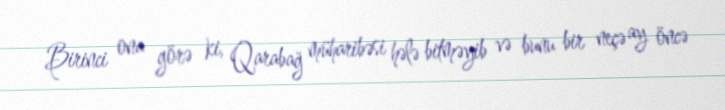
Birinci ona görə ki, Qarabağ müharibəsi hələ bitməyib və bunu bir neçə ay öncə